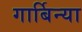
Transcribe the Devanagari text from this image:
गार्बिन्या